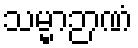
သမ္မာဉာဏံ